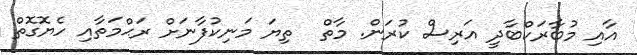
އާއި މުބާރަކްބާދީ އަރިސް ކުރަން. މާތް  ތިޔަ މަނިކުފާނަށް ރަޙްމަތާއި ހެޔޮގޮތް